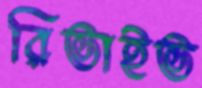
রিভাইভ